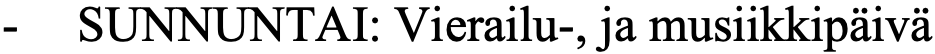
-  SUNNUNTAI: Vierailu-, ja musiikkipäivä